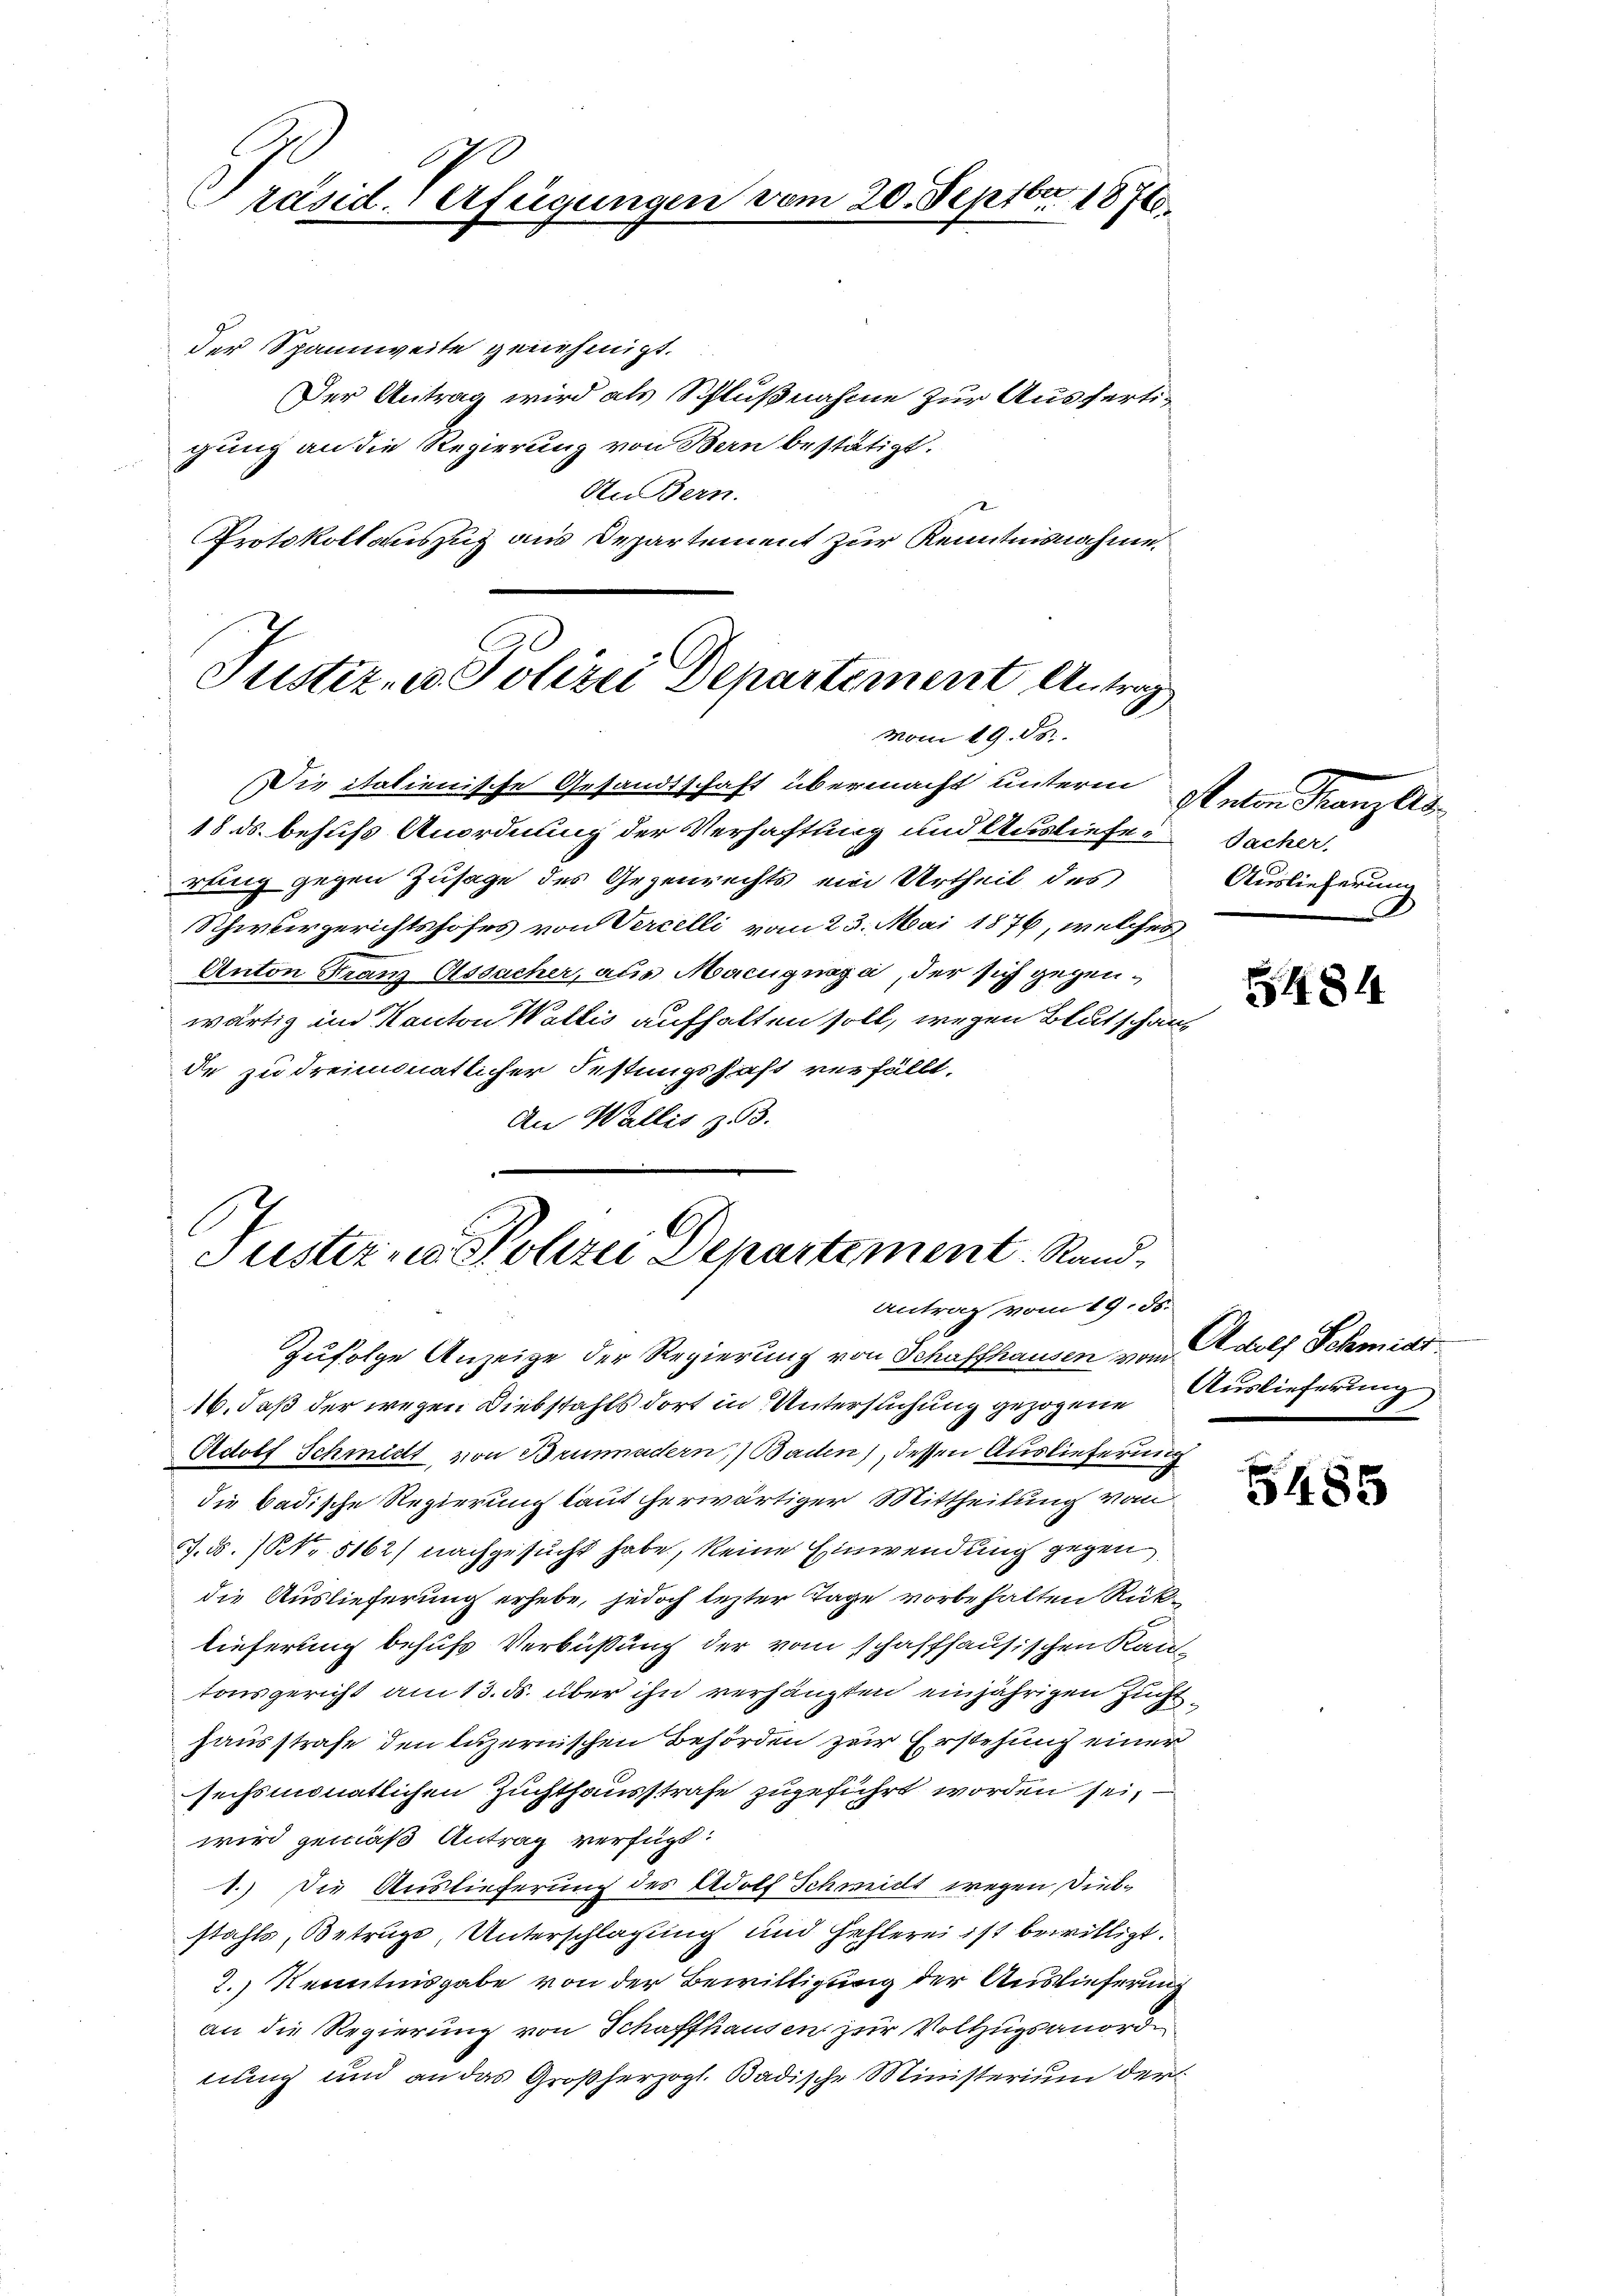
Präsid-Verfügungen vom 20. Septbr 18760.

der Spannweite genehmigt.
Der Antrag wird als Schlußnahme zur Ausfertigung an die Regierung von Bern bestätigt.
An Bern.
Protokollauszug aus Departement zur Kenntnisnahme.

Justiz- u. Polizei Departement Antrag
Mom 19. ds.

—
Tuster, u. Polizei Departement. Sand¬
Antrag vom 19. ds.

Die italienische Gesandtschaft übermacht unterm Anton Franzes¬
18. ds. behufs Anordnung der Verhaftung und Ausliefe Sacher.
rung gegen Zusage des Gegenrechts ein Urtheil des
Schwurgerichtshofes von Vercelli vom 23. Mai 1876, welches
Anton Franz Olssacher, aus Macugnaga, der sich gegenwärtig in Kanton Wattis aufhalten soll, wegen Blutschaus
de zu dreimonatlicher Festungshaft verfällt.
An Wallis 353.
Zufolge Anzeige der Regierung von Schaffhausen vom Adolf Schmidt
16., daß der wegen Diebstahls dort in Untersuchung gezogene Auslieferung
Adolf Schmidt, von Brunnadern, Baden), dessen Auslieferung
die badische Regierung laut herwärtiger Mittheilung vom
.5. (NNo. 5162) nachgesucht habe, keine Einwendung gegen
die Auslieferung erhebe, jedoch lezter Tage vorbehalten Rüklieferung behufs Verbüßung der vom schaffhausischen Kantonsgericht am 13. ds. über ihn verhängten einjährigen Zuchthausstrafe den luzernischen Behörden zur Erstehung einer
sechsmonatlichen Zuchthausstrafe zugeführt worden sei,
wird gemäß Antrag verfügt:
1.) Die Auslieferung des Adolf Schmidt wegen Diebstahls, Betruge, Unterschlagung und Geflerei ist bewilligt.
2.) Kenntnisgabe von der Bewilligung der Auslieferung
an die Regierung von Schaffhausen zur Vollzugsanordn
nung und an das Großherzogl. Badische Ministerium der

Auslieferung
D

5484

5485